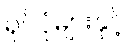
ရုပ်ပုံများနှင့်